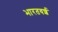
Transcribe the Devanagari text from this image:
भारतवर्श